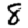
Digit: 8